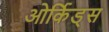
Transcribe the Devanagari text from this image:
ओर्किड्स